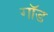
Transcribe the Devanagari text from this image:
गाॅड